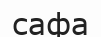
сафа